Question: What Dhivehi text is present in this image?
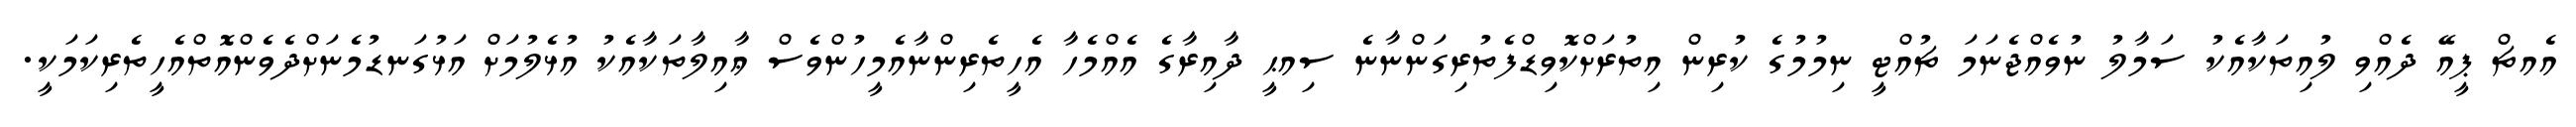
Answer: އެއޗް ޕީއޭ ދެއްވި ލުއިތަކާއެކު ސަމާލު ނުވެއްޖެނަމަ ޗުއްޓީ ނިމުމުގެ ކުރިން އިތުރަށްކޮވިޑްފެތުރިގަންނާނެ ސިއޙީ ދާއިރާގެ އެއްމެހާ އެހީތެރިންނާއެމީހުންވެސް ޢާއިލާތަކާއެކު އުޅެލުމަށް އަޅުގަނޑުމެނަށްދެވެންއޮތްއެހީތެރިކަމަކީ.